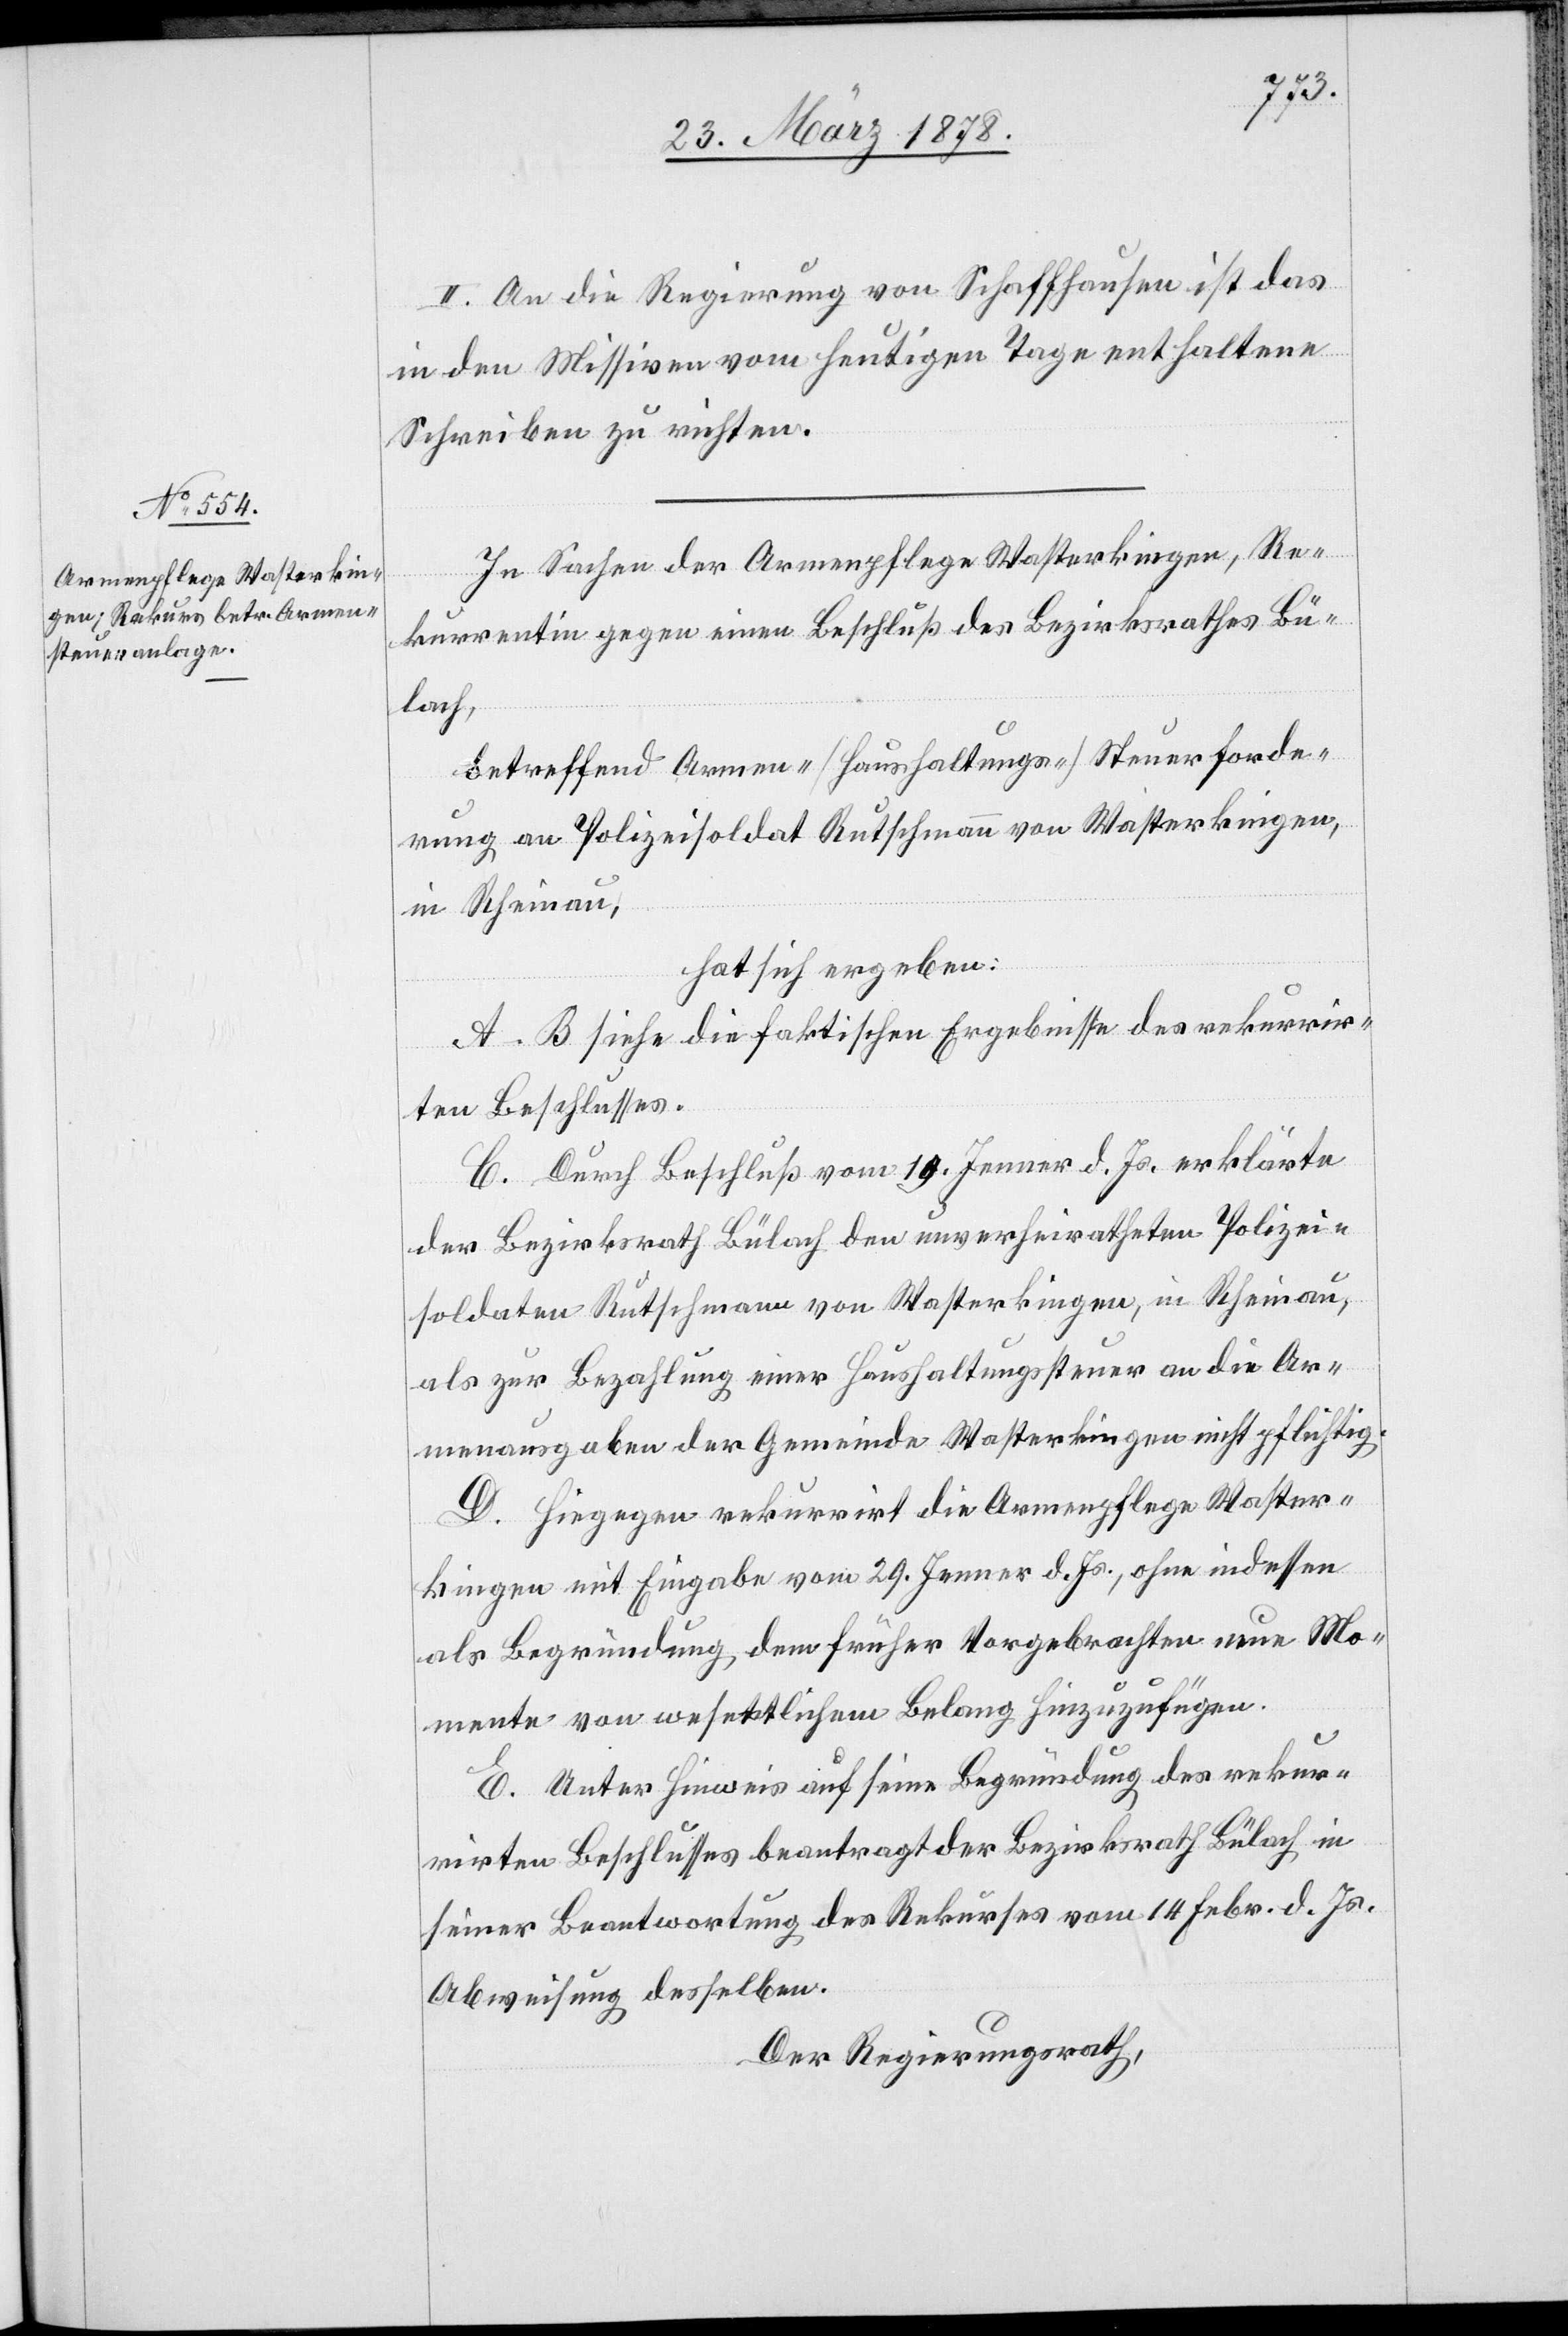
II. An die Regierung von Schaffhausen ist das
in den Missiven vom heutigen Tage enthaltene
Schreiben zu richten.
In Sachen der Armenpflege Wasterkingen, Re¬
kurrentin gegen einen Beschluß des Bezirksrathes Bü¬
lach,
betreffend Armen- (Haushaltungs-) Steuerforde¬
rung an Polizeisoldat Rutschmann von Wasterkingen,
in Rheinau,
hat sich ergeben:
A–B. siehe die faktischen Ergebnisse des rekurrir¬
ten Beschlusses.
C. Durch Beschluß vom 19. Jenner d. Js. erklärte
der Bezirksrath Bülach den unverheiratheten Polizei¬
soldaten Rutschmann von Wasterkingen, in Rheinau,
als zur Bezahlung einer Haushaltungssteuer an die Ar¬
menausgaben der Gemeinde Wasterkingen nicht pflichtig.
D. Hiegegen rekurrirt die Armenpflege Waster¬
kingen mit Eingabe vom 29. Jenner d. Js. ohne indessen
als Begründung dem früher Vorgebrachten neue Mo¬
mente von wesentlichem Belang hinzuzufügen.
E. Unter Hinweis auf seine Begründung des rekur¬
rirten Beschlusses beantragt der Bezirksrath Bülach in
seiner Beantwortung des Rekurses vom 14. Febr. d. Js.
Abweisung desselben.
Der Regierungsrath,